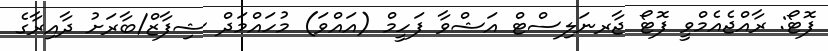
ފޮޓޯ: ރާއްޖެއެމްވީ ފޮޓޯ ޖާރނަލިސްޓް އަޝްވާ ފަހީމް (އައްވަ) މުހައްމަދް ޝިފާޒް/ބާރަށު ދާއިރާގެ